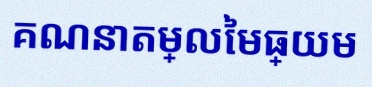
គណនាតម្លៃមធ្យម